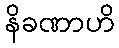
နိခဏာဟိ